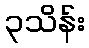
၃သိန်း